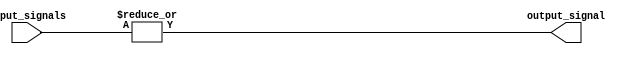
module eight_input_OR_gate (
    input [7:0] input_signals,
    output output_signal
);

assign output_signal = |input_signals;

endmodule